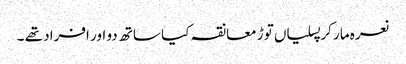
نعرہ مار کر پسلیاں توڑ معانقہ کیا ساتھ دو اور افراد تھے ۔